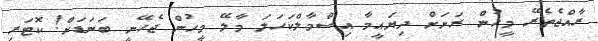
ރާއްޖެތެރޭ މީހުން ރަށަށް ދިޔައީމާ އިސްމާލްކަހަލަ މާލޭ މީހުން ޖެހޭނީ ބަނަޑަށް! ކޮޓަރި